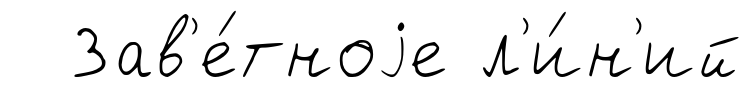
Зав'е́тноjе л'и́н'ий